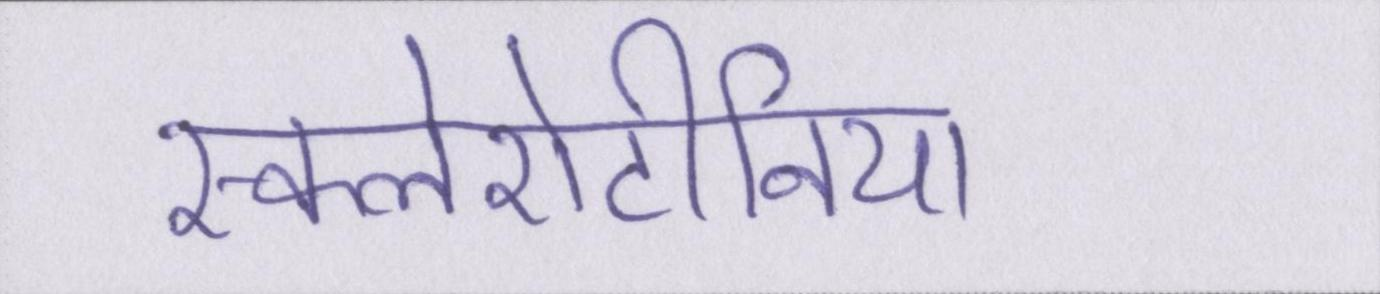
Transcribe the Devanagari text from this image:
स्कलेरोटीनिया